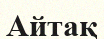
Айтақ